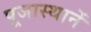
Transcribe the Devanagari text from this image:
पूजास्थानें